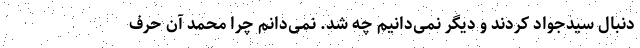
دنبال سیدجواد کردند و دیگر نمی‌دانیم چه شد. نمی‌دانم چرا محمد آن حرف